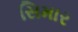
સિમાર